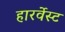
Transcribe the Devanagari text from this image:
हारर्वेस्ट